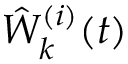
\hat { W } _ { k } ^ { ( i ) } ( t )